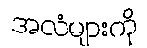
အလံများကို